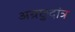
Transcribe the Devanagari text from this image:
अग्रछुदांत्र